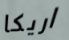
اريكا